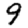
Digit: 9